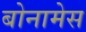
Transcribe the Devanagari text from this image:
बोनामेस